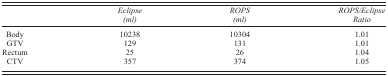
|  | Eclipse (ml) | ROPS (ml) | ROPS/Eclipse Ratio |
 | --- | --- | --- | --- |
 | Body | 10238 | 10304 | 1.01 |
 | GTV | 129 | 131 | 1.01 |
 | Rectum | 25 | 26 | 1.04 |
 | CTV | 357 | 374 | 1.05 |